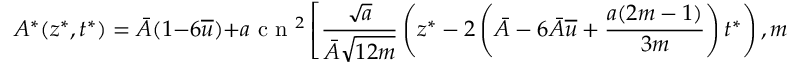
A ^ { * } ( z ^ { * } , t ^ { * } ) = \bar { A } ( 1 - 6 \overline { { u } } ) + a \mathrm { ~ c ~ n ~ } ^ { 2 } \left[ \frac { \sqrt { a } } { \bar { A } \sqrt { 1 2 m } } \left( z ^ { * } - 2 \left( \bar { A } - 6 \bar { A } \overline { { u } } + \frac { a ( 2 m - 1 ) } { 3 m } \right) t ^ { * } \right) , m \right] ,